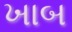
ખાબ